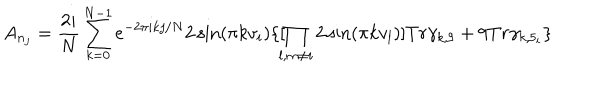
A _ { n _ { j } } = \frac { 2 i } { N } \sum _ { k = 0 } ^ { N - 1 } e ^ { - 2 \pi i k j / N } 2 \sin ( \pi k v _ { i } ) \{ [ \! \! \prod _ { l , m \not = i } 2 \sin ( \pi k v _ { l } ) ] T r \gamma _ { k , 9 } + 9 T r \gamma _ { k , 5 _ { i } } \}